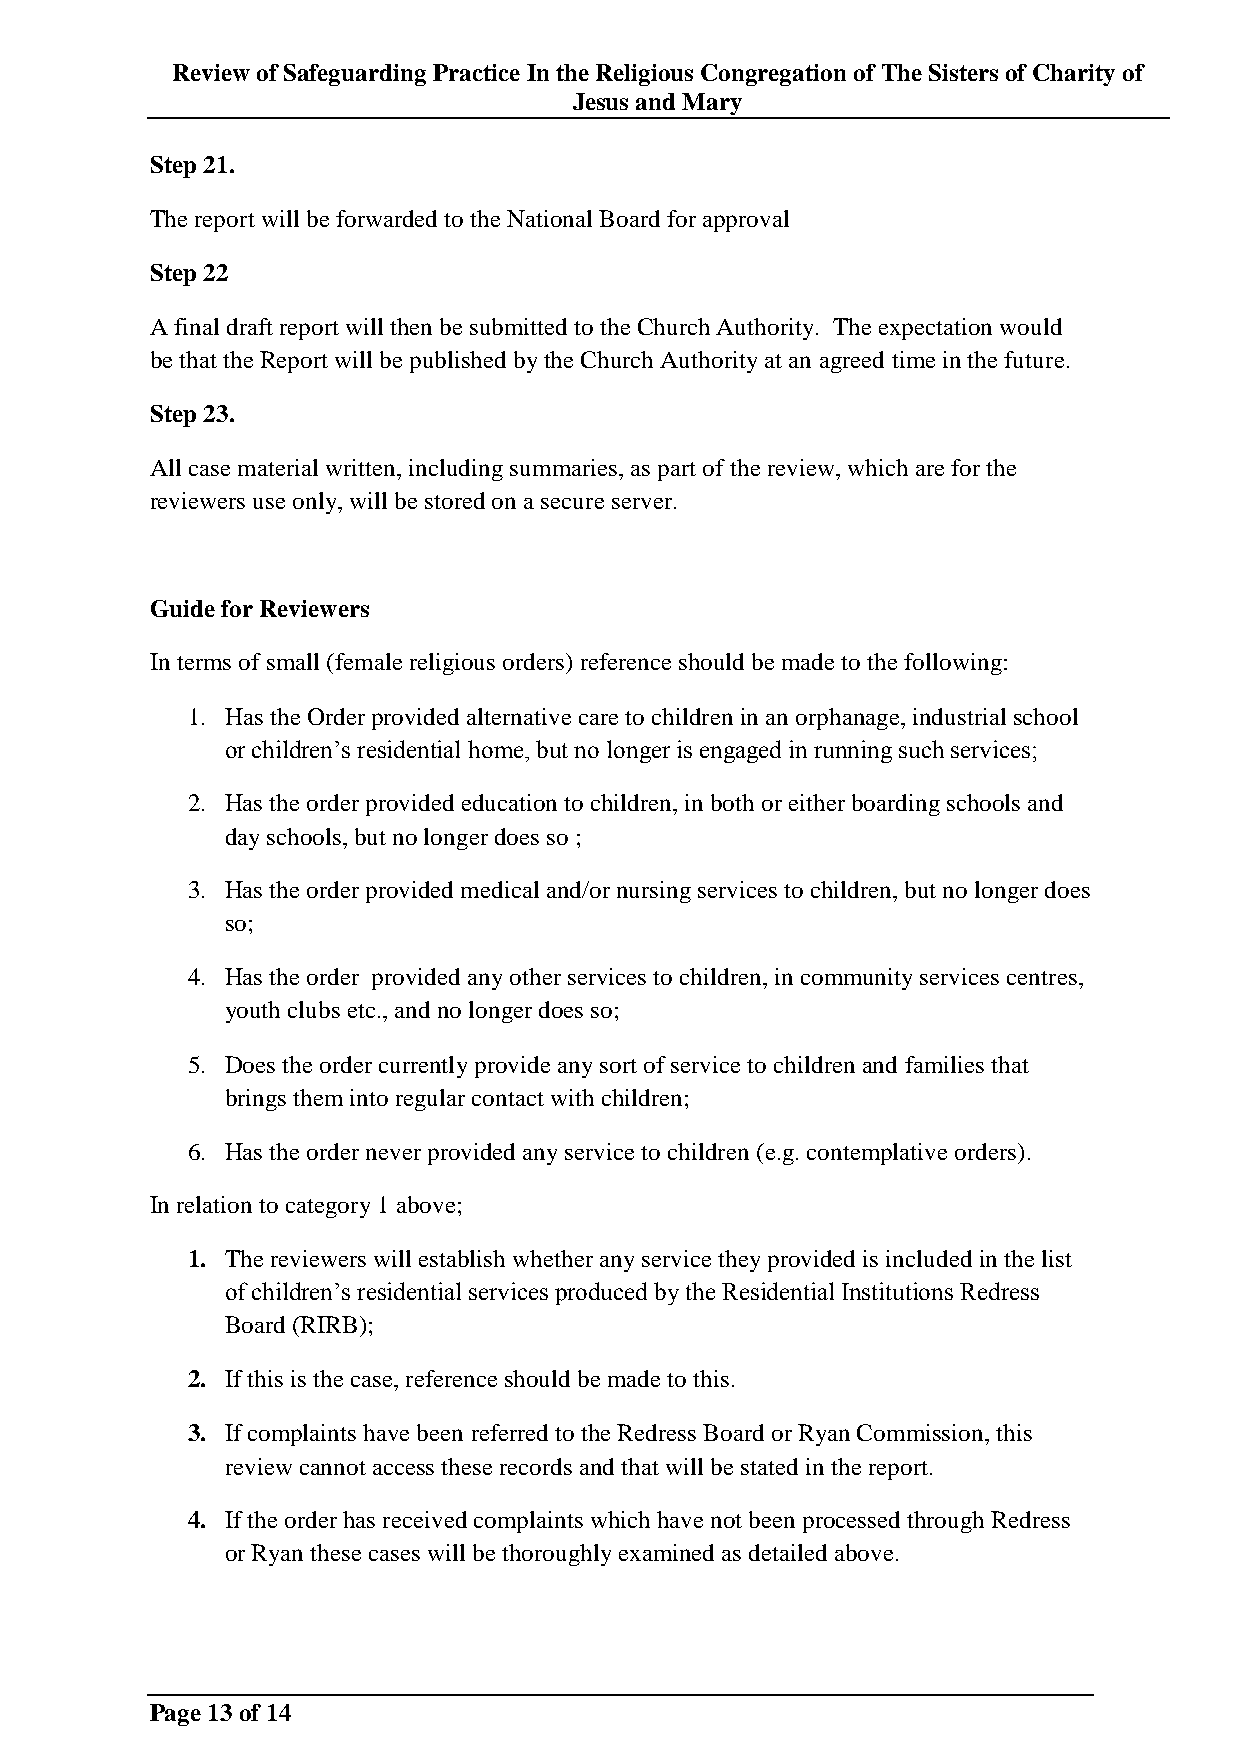
Review of Safeguarding Practice In the Religious Congregation of The Sisters of Charity of
 Jesus and Mary
 Step 21.
 The report will be forwarded to the National Board for approval
 Step 22
 A final draft report will then be submitted to the Church Authority. The expectation would
 be that the Report will be published by the Church Authority at an agreed time in the future.
 Step 23.
 All case material written, including summaries, as part of the review, which are for the
 reviewers use only, will be stored on a secure server.
 Guide for Reviewers
 In terms of small (female religious orders) reference should be made to the following:
 1. Has the Order provided alternative care to children in an orphanage, industrial school
 or children‟s residential home, but no longer is engaged in running such services;
 2. Has the order provided education to children, in both or either boarding schools and
 day schools, but no longer does so ;
 3. Has the order provided medical and/or nursing services to children, but no longer does
 so;
 4. Has the order provided any other services to children, in community services centres,
 youth clubs etc., and no longer does so;
 5. Does the order currently provide any sort of service to children and families that
 brings them into regular contact with children;
 6. Has the order never provided any service to children (e.g. contemplative orders).
 In relation to category 1 above;
 1. The reviewers will establish whether any service they provided is included in the list
 of children‟s residential services produced by the Residential Institutions Redress
 Board (RIRB);
 2. If this is the case, reference should be made to this.
 3. If complaints have been referred to the Redress Board or Ryan Commission, this
 review cannot access these records and that will be stated in the report.
 4. If the order has received complaints which have not been processed through Redress
 or Ryan these cases will be thoroughly examined as detailed above.
 Page 13 of 14